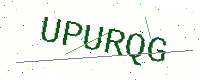
Text: UPURQG